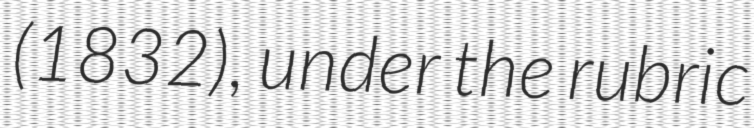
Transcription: (1832), under the rubric